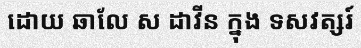
ដោយ ឆាលែ ស ដាវីន ក្នុង ទសវត្សរ៍